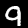
Digit: 9